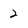
Character: 2